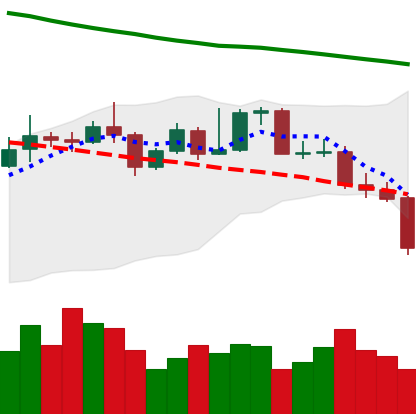
Ticker: XMR-USD
Chart end date: 2019-11-21
Forward return: -4.478%
Label: down_3_5